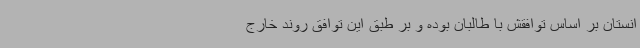
انستان بر اساس توافقش با طالبان بوده و بر طبق این توافق روند خارج